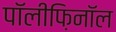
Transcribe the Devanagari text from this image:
पॉलीफ़िनॉल